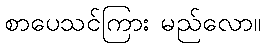
စာပေသင်ကြား မည်လော။